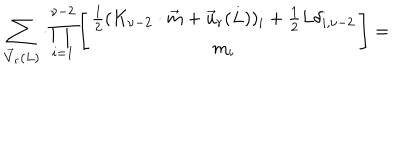
\sum _ { \vec { V } _ { r } ( L ) } \cdot \prod _ { i = 1 } ^ { \nu - 2 } \left[ \begin{array} { c } { { \frac { 1 } { 2 } ( K _ { \nu - 2 } \cdot \vec { m } + \vec { u } _ { r } ( L ) ) _ { i } + \frac { 1 } { 2 } L \delta _ { i , \nu - 2 } } } \\ { { m _ { i } } } \\ \end{array} \right] =